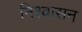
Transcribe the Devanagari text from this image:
निश्वासन